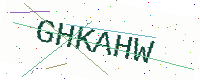
Text: GHKAHW